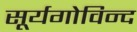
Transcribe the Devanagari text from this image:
सूर्यगोविन्द